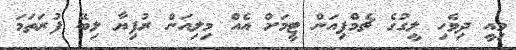
މިއީ ދިވެހި ލީގުގެ ޗެމްޕިއަން ޓީމަށް އެއް މިލިއަން ރުފިޔާ ލިބޭ ފުރަތަމަ